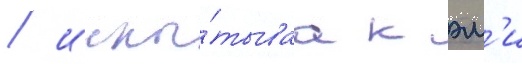
/ испы́тываа к эм'и